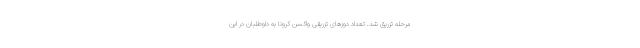
مرحله تزریق شد. تعداد دوزهای تزریقی واکسن کرونا به داوطلبان در این